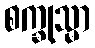
စက္ခုသ္မာ